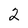
Character: 2